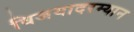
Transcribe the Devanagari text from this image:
विजयादरम्यान